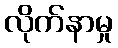
လိုက်နာမှု